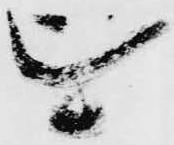
を